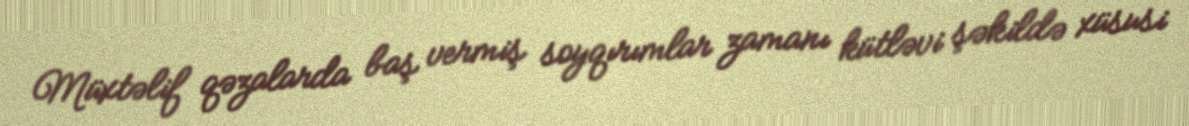
Müxtəlif qəzalarda baş vermiş soyqırımlar zamanı kütləvi şəkildə xüsusi